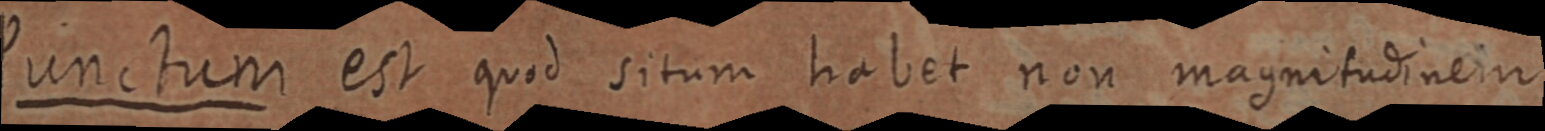
Punctum est quid situm habet non magnitudinem